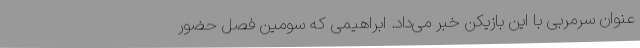
عنوان سرمربی با این بازیکن خبر می‌داد. ابراهیمی که سومین فصل حضور